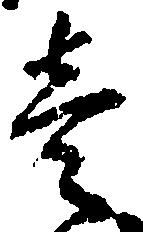
壱